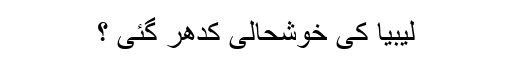
لیبیا کی خوشحالی کدھر گئی ؟